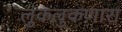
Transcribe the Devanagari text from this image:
लुकलुकणारा